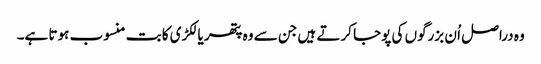
وہ دراصل اُ ن بزرگوں کی پوجا کرتے ہیں جن سے وہ پتھر یا لکڑی کا بت منسوب ہوتا ہے۔